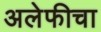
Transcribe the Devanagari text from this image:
अलेफीचा